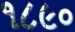
૧૮૯૦